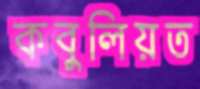
কবুলিয়ত